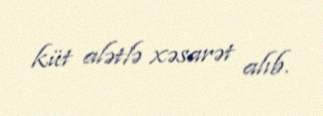
küt alətlə xəsarət alıb.